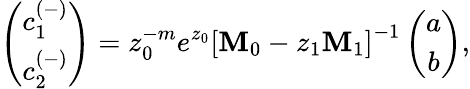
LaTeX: \left(\begin{array}{cc}{c_{1}^{(-)}}\\ {c_{2}^{(-)}}\end{array}\right)=z_{0}^{-m}e^{z_{0}}\left[\mathbf{M}_{0}-z_{1}\mathbf{M}_{1}\right]^{-1}\left(\begin{array}{cc}{a}\\ {b}\end{array}\right),